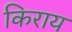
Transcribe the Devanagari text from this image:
किराय